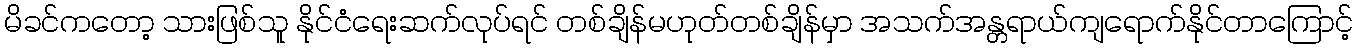
မိခင်ကတော့ သားဖြစ်သူ နိုင်ငံရေးဆက်လုပ်ရင် တစ်ချိန်မဟုတ်တစ်ချိန်မှာ အသက်အန္တရာယ်ကျရောက်နိုင်တာကြောင့်